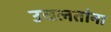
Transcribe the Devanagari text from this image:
उचलतांना